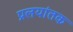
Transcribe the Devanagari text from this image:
प्रलयांतक